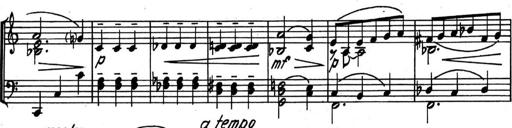
Title: Kleine Sonate
Composer: Raoul Koczalski
Key: C major